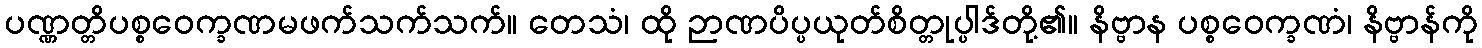
ပဏ္ဏတ္တိပစ္စဝေက္ခဏမဖက်သက်သက်။ တေသံ၊ ထို ဉာဏပိပ္ပယုတ်စိတ္တုပ္ပါဒ်တို့၏။ နိဗ္ဗာန ပစ္စဝေက္ခဏံ၊ နိဗ္ဗာန်ကို